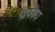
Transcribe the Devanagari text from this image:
प्रेषीय